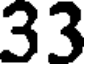
33